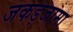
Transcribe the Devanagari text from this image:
जकड़जामा